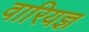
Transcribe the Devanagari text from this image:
वारियज्ञ